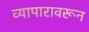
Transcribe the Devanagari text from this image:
व्यापारावरून